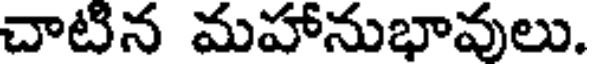
చాటిన మహానుభావులు.